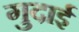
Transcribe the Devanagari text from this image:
गुदाई